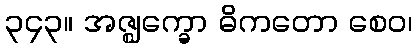
၃၄၃။ အဇ္ဈက္ခော ဓိကတော စေဝ၊